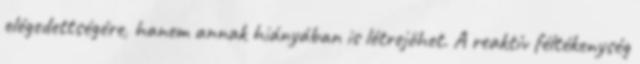
elégedettségére, hanem annak hiányában is létrejöhet. A reaktív féltékenység